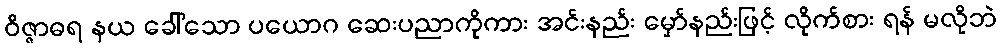
ဝိဇ္ဇာဓရ နယ ခေါ်သော ပယောဂ ဆေးပညာကိုကား အင်းနည်း မှော်နည်းဖြင့် လိုက်စား ရန် မလိုဘဲ